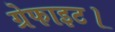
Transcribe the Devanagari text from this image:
ग्रेफाइट।